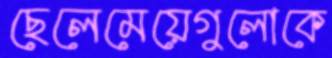
ছেলেমেয়েগুলোকে